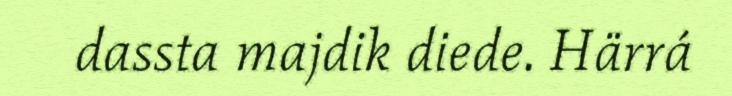
dassta majdik diede. Härrá